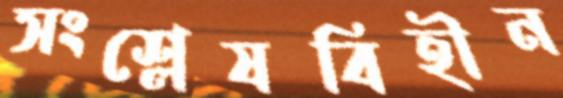
সংশ্লেষবিহীন